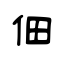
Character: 佃